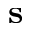
\mathbf { s }